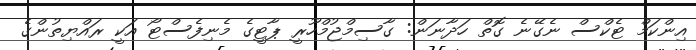
އިންކަމް ޓެކްސް ނެގޭނެ ގޮތް ހަދާނަން: ގާސިމްޖުމްހޫރީ ޕާޓީގެ މެނިފެސްޓޯ އަކީ ރައްޔިތުންގެ